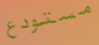
مستودع